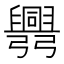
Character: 𢑅